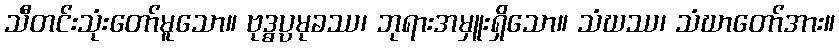
သီတင်းသုံးတော်မူသော။ ဗုဒ္ဓပ္ပမုခဿ၊ ဘုရားအမှူးရှိသော။ သံဃဿ၊ သံဃာတော်အား။